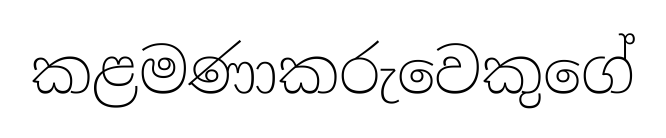
කළමණාකරුවෙකුගේ